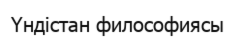
Үндістан философиясы